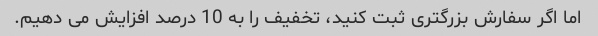
اما اگر سفارش بزرگتری ثبت کنید، تخفیف را به 10 درصد افزایش می دهیم.